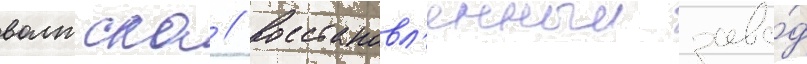
волжска // Восстановл'енныи заво́д